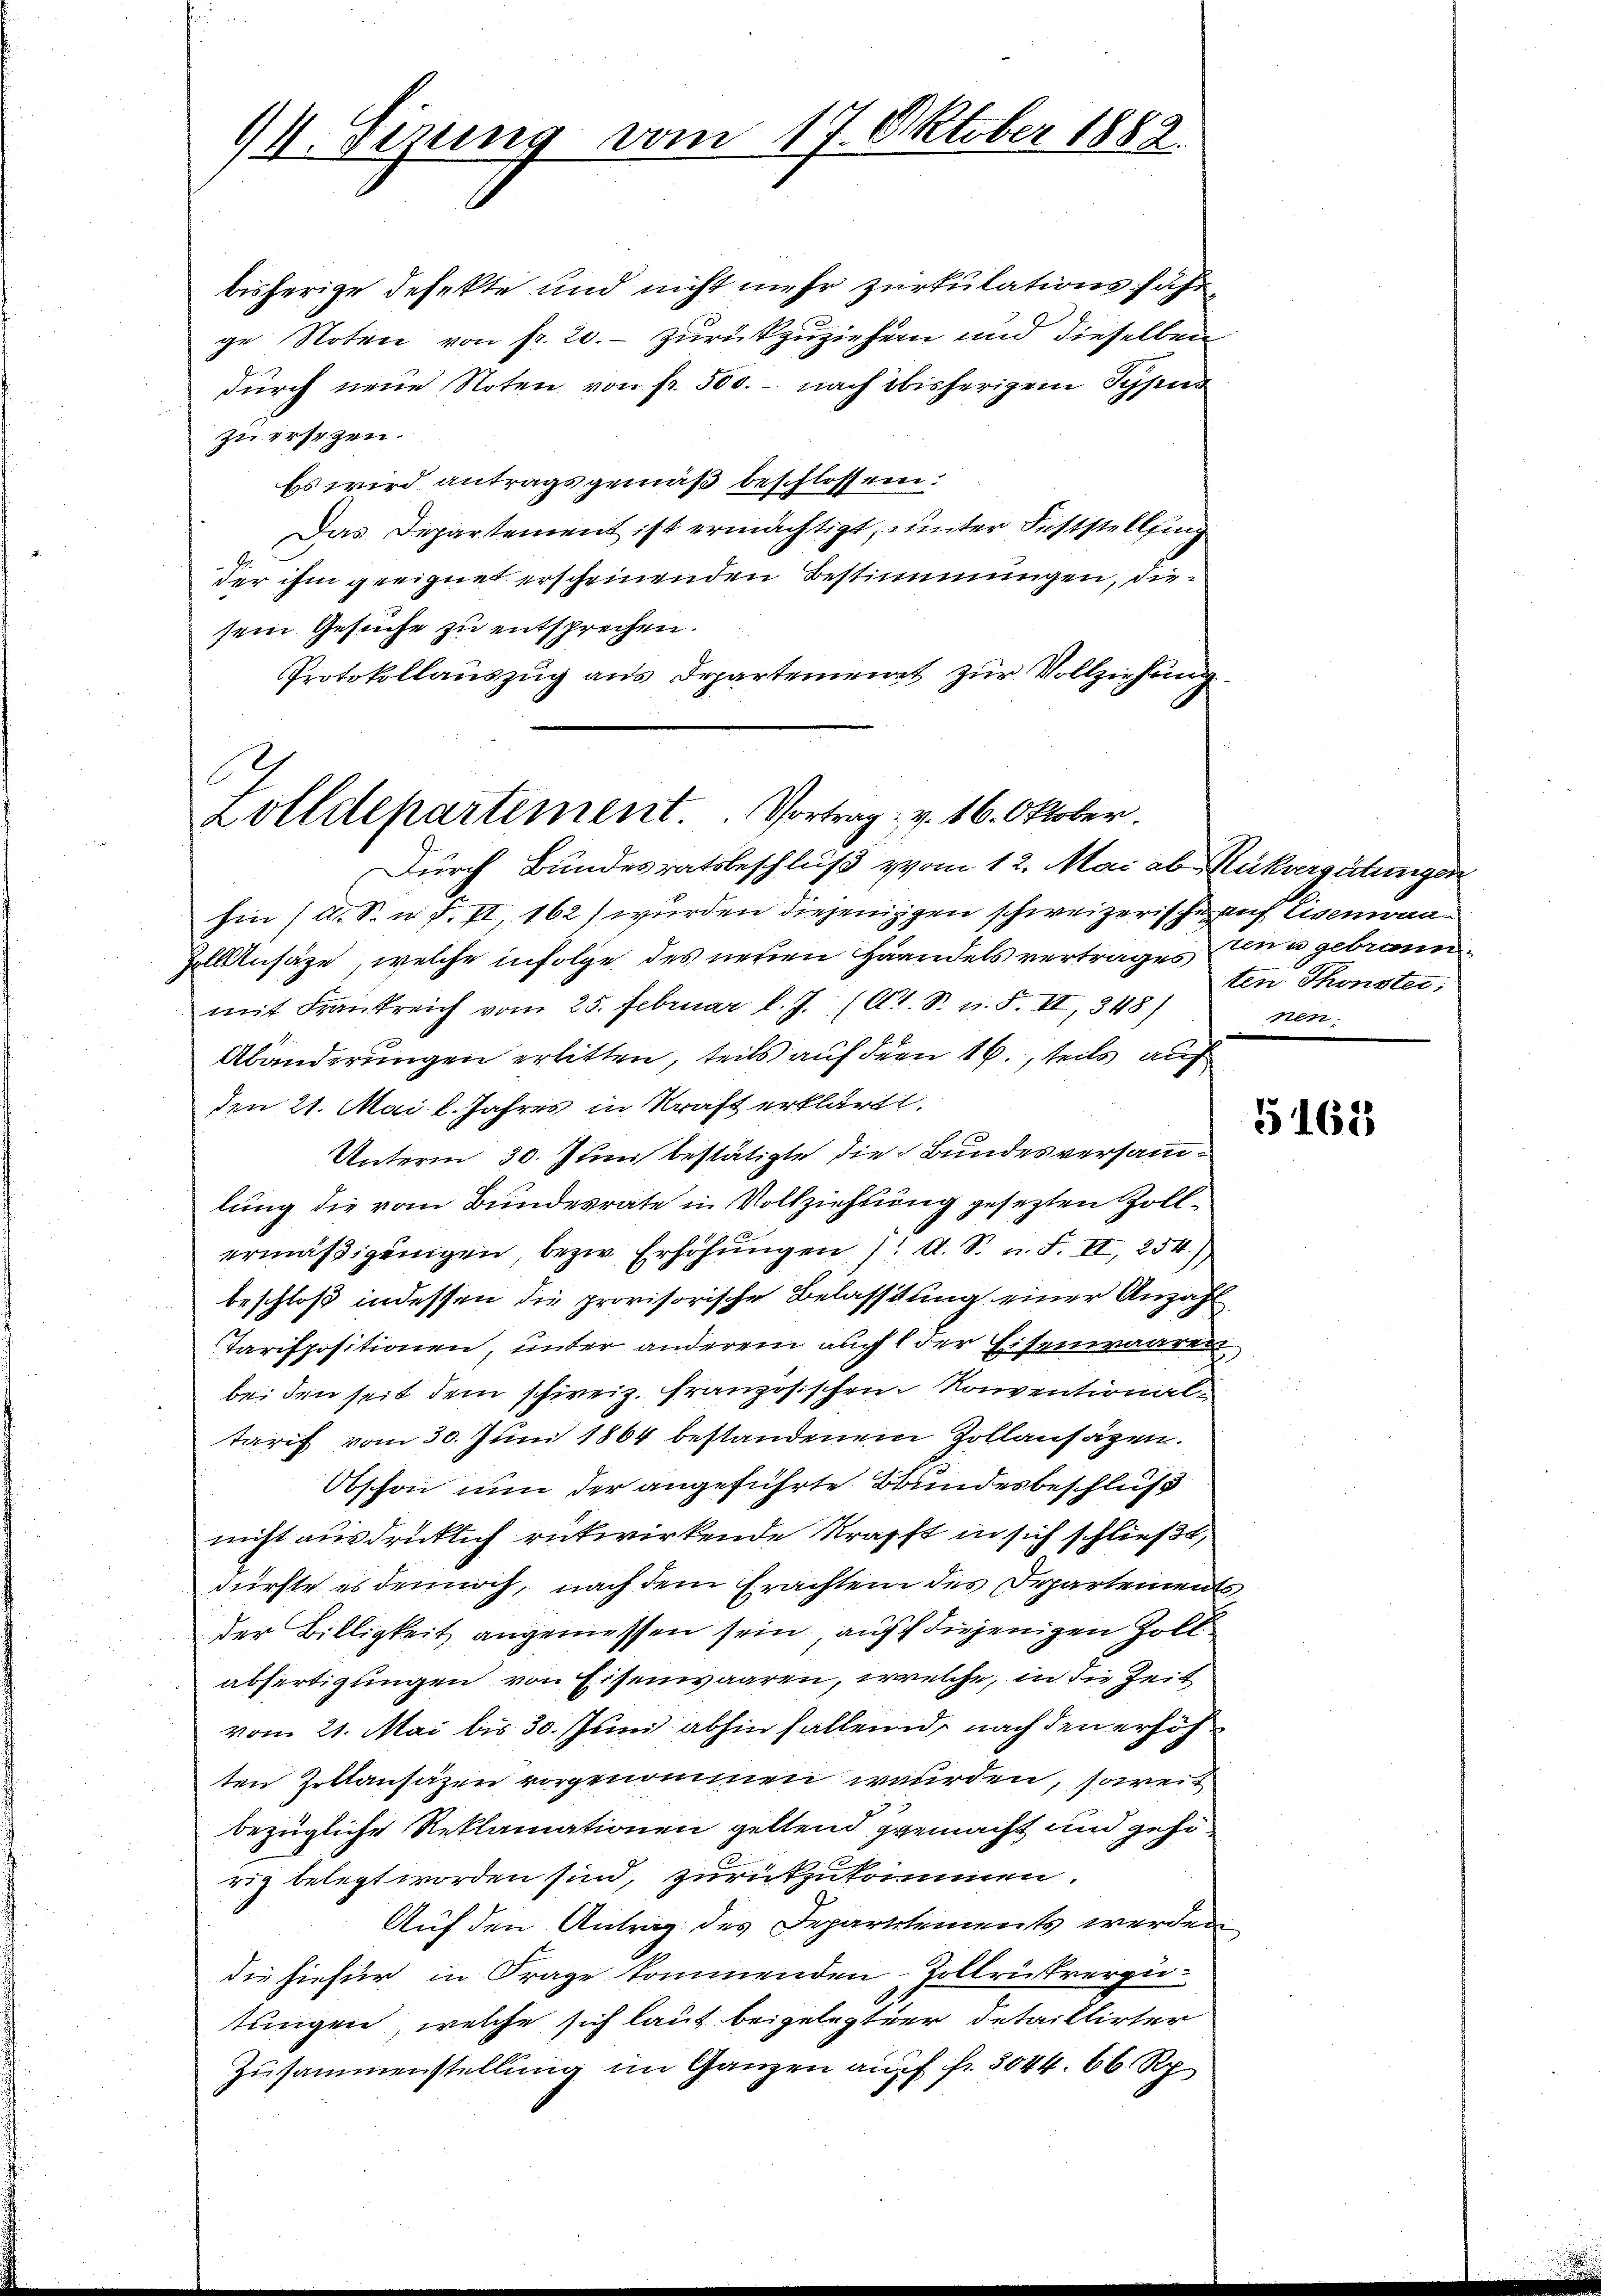
94. Sizung vom 17. Oktober 1882.

bisherige defekte und nicht mehr zurkulationsfahrge Notene von fr. 20. zurückzuziehern und dieselben
dŭrch neue Noten von fr. 500. - nach bisherigem Typus
zu ersezen.
Es wird antragsgemäß beschlossen:
Das Departement ist ermächtigt, unter Feststelling
der ihm geeignet erscheinenden Bestimmungen, diesein Gesuche zu entsprechen.
Protokollauszug aus Departement zur Vollziehung
e

Zolldepartement. Vortrag: v. 16. Oktober.
Durch Bundesratsbeschluß vom 12. Mai ab. Rückvergütungen

hin (s. S. n. F. II, 162) wurden diejeniggen schweizerische auf Eisenova¬
Zollensätze, welche infolge des neuen Handels vertrages una gebrann
mit Frankreich vom 25. Februar l. J. (Ct. S. u. F. II, 348)
Abänderungen erlitten, teils auf dem 16., teils auf
den 21. Mai l. Jahres in Kraft erklärt.
Unterm 30. Juni bestätigte die Bundesversammlung die vom Bundesrate in Vollziehung gesezten Zollermäßigungen, bezw. Erhöhungen /: A. S. n. F. II, 254.)
beschloß indessen die provisorische Belasstung einer Anzahl
Tarispositionen, unter anderem auch der Eisenwaaren,
bei den seit dem schweiz. Französischen Konventionaltarif vom 30. Juni 1864 bestandenem Zollansäzen.
Obschon nun der angeführte Bundesbeschluß
nicht ausdrücklich rükwirkende Strafft in sich schließt,
dürfte es dennoch, nach dem Erachten des Departements
der Billigkeit angemessen sein, auf diejenigen Zoll
abfertigungen von Eisenwaaren, welche, in die Zeit
vom 21. Mai bis 30. Juni abhin fallend, nach den erhöh
ten Zollansäzen vorgenommen werden, soweit
bezügliche Reklamationen geltend gemacht und gehörig belegt worden sind, zurückzukommen.
Auf den Antrag des Departements werden
die hiefür in Frage kommenden Zollrichtrerpu-
tungen, welche sich laut beigelegter detaillirter
Zusammenstellung im Ganzen auf fr. 3044. 66. Rp

ten Thonster:
Prore

5162